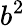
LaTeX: b^{2}